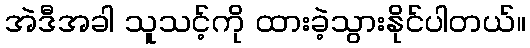
အဲဒီအခါ သူသင့်ကို ထားခဲ့သွားနိုင်ပါတယ်။